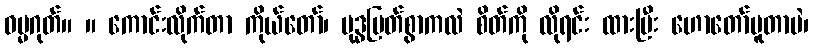
ဓမ္မဂုတ်။ ။ ကောင်းလိုက်တာ ကိုယ်တော်၊ ဗုဒ္ဓမြတ်စွာကလဲ စိတ်ကို လိုရင်း ထားပြီး ဟောတော်မူတာပဲ၊